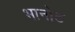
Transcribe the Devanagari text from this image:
भानोट